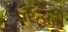
વરહાડી